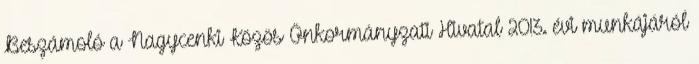
Beszámoló a Nagycenki Közös Önkormányzati Hivatal 2013. évi munkájáról